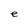
Character: e